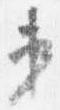
第